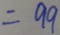
= 9 9